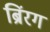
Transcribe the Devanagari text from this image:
ब्रिंरग